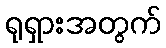
ရုရှားအတွက်